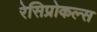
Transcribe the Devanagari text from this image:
रेसिप्रोकल्स